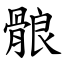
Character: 䯖